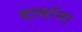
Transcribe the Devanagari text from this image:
दासांना